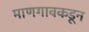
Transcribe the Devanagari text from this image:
माणगावकडून